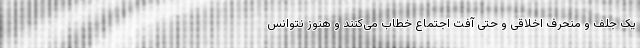
یک جلف و منحرف اخلاقی و حتی آفت اجتماع خطاب می‌کنند و هنوز نتوانس